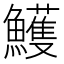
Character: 鱯